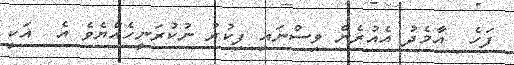
ފަހެ  އާމެދު އެއުރެން ވިސްނައި ފިކުރު ނުކުރަނީހެއްޔެވެ އެ  އަކީ